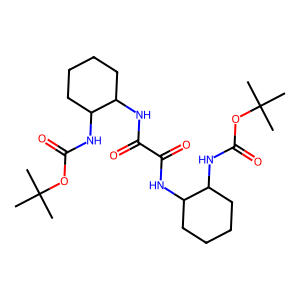
SMILES: CC(C)(C)OC(=O)NC1CCCCC1NC(=O)C(=O)NC1CCCCC1NC(=O)OC(C)(C)C
Inhibits HIV replication: No